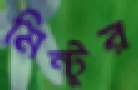
মিন্টুর